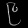
Digit: ၉